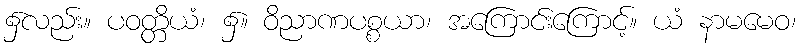
၌လည်း။ ပဝတ္တိယံ၊ ၌။ ဝိညာဏပစ္စယာ၊ အကြောင်းကြောင့်။ ယံ နာမမေဝ၊